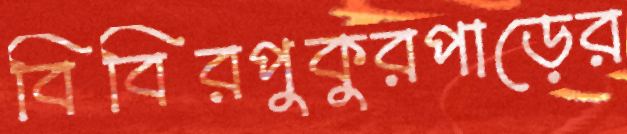
বিবিরপুকুরপাড়ের